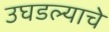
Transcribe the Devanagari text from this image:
उघडल्‍याचे